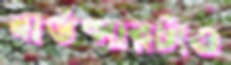
বাউন্সারটাও